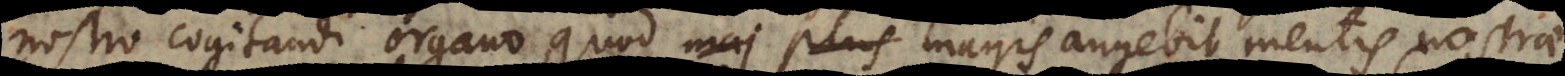
nostro cogitandi organo, quod magis augebit mentis nostrae